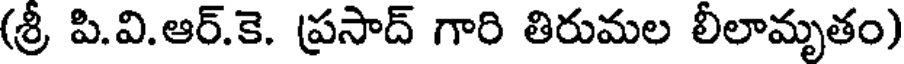
(శ్రీ పి.వి.ఆర్.కె. ప్రసాద్ గారి తిరుమల లీలామృతం)